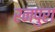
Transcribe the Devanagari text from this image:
रनपुरा